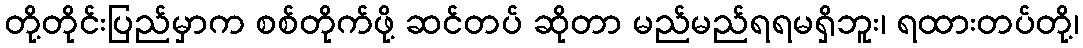
တို့တိုင်းပြည်မှာက စစ်တိုက်ဖို့ ဆင်တပ် ဆိုတာ မည်မည်ရရမရှိဘူး၊ ရထားတပ်တို့၊